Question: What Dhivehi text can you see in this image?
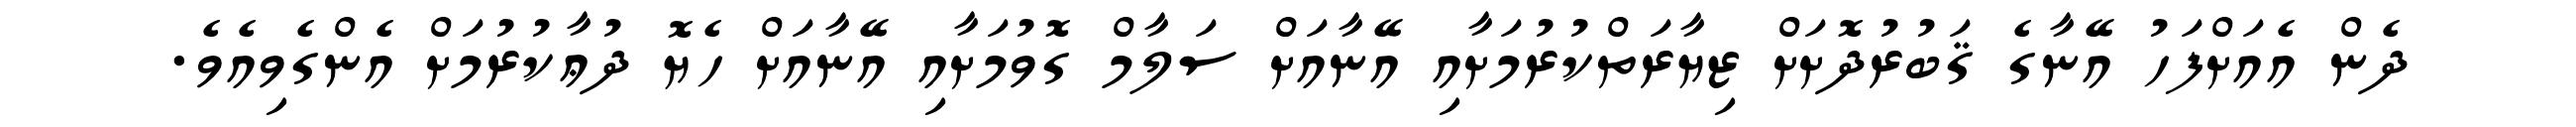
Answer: ދެން އެއަށްފަހު އޭނާގެ ޤަބުރުދޮށަށް ޒިޔާރަތްކުރުމަށާއި އޭނާއަށް ސަލާމް ގޮވުމަށާއި އޭނާއަށް ހެޔޮ ދުޢާކުރުމަށް އެންގެވިއެވެ.